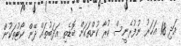
އަދި 18 އަހަރު ނުފުރެނީސް ކުރާ ކުށްތަކަށް ބޮޑެތި އަދަބުތައް ދޭން ކޯޓުތަކުން